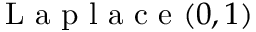
{ \textrm { L a p l a c e } } ( 0 , 1 )